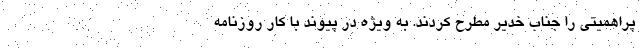
پراهمیتی را جناب خدیر مطرح کردند. به ویژه در پیوند با کار روزنامه